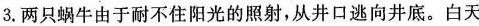
3.两只蜗牛由于耐不住阳光的照射，从井口逃向井底。白天